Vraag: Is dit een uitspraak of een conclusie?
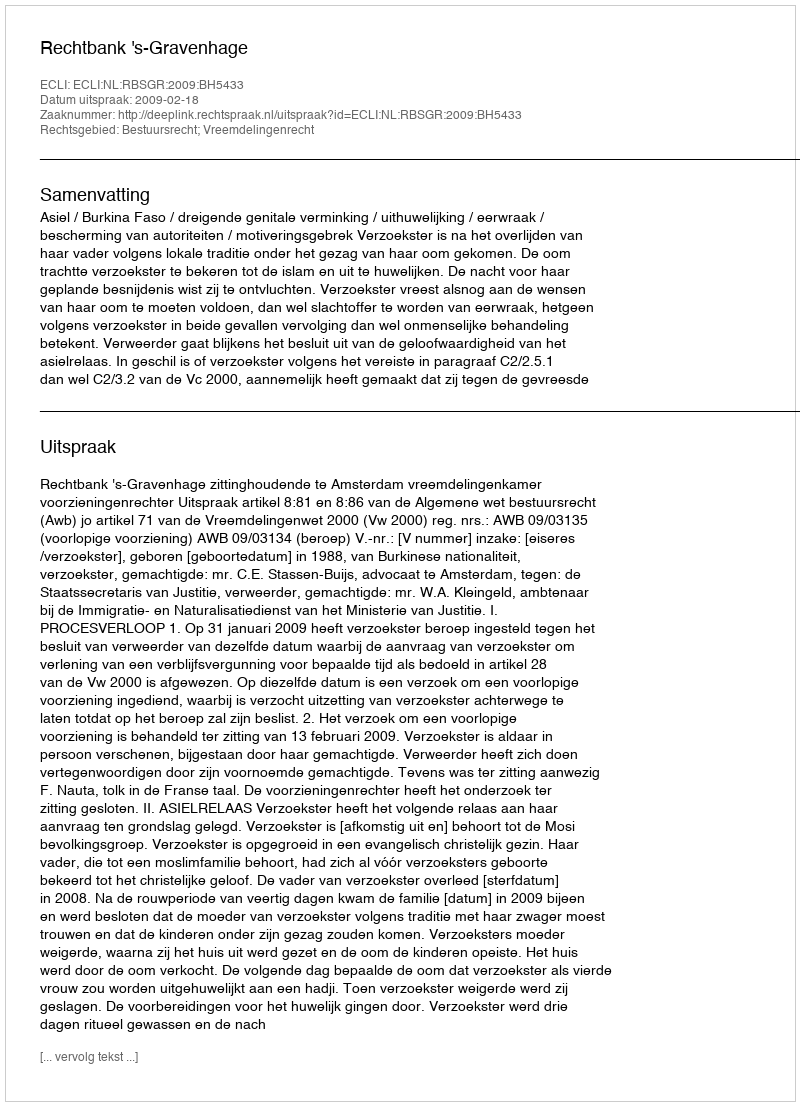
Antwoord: Uitspraak